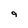
Character: 9